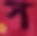
স